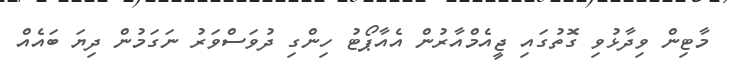
މާޓިން ވިދާޅުވި ގޮތުގައި ޖީއެމްއާރުން އެއާޕޯޓު ހިންގި ދުވަސްވަރު ނަގަމުން ދިޔަ ބައެއް